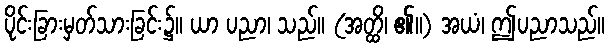
ပိုင်းခြားမှတ်သားခြင်း၌။ ယာ ပညာ၊ သည်။ (အတ္ထိ၊ ၏။) အယံ၊ ဤပညာသည်။